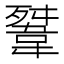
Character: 𩎳